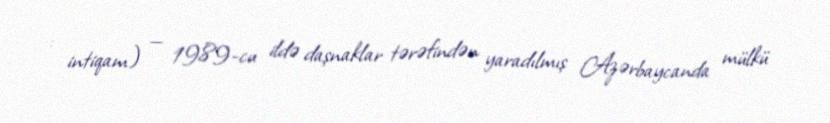
: intiqam) — 1989-cu ildə daşnaklar tərəfindən yaradılmış Azərbaycanda mülkü